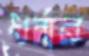
ধর্নার